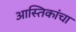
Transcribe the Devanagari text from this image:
आस्तिकांचा